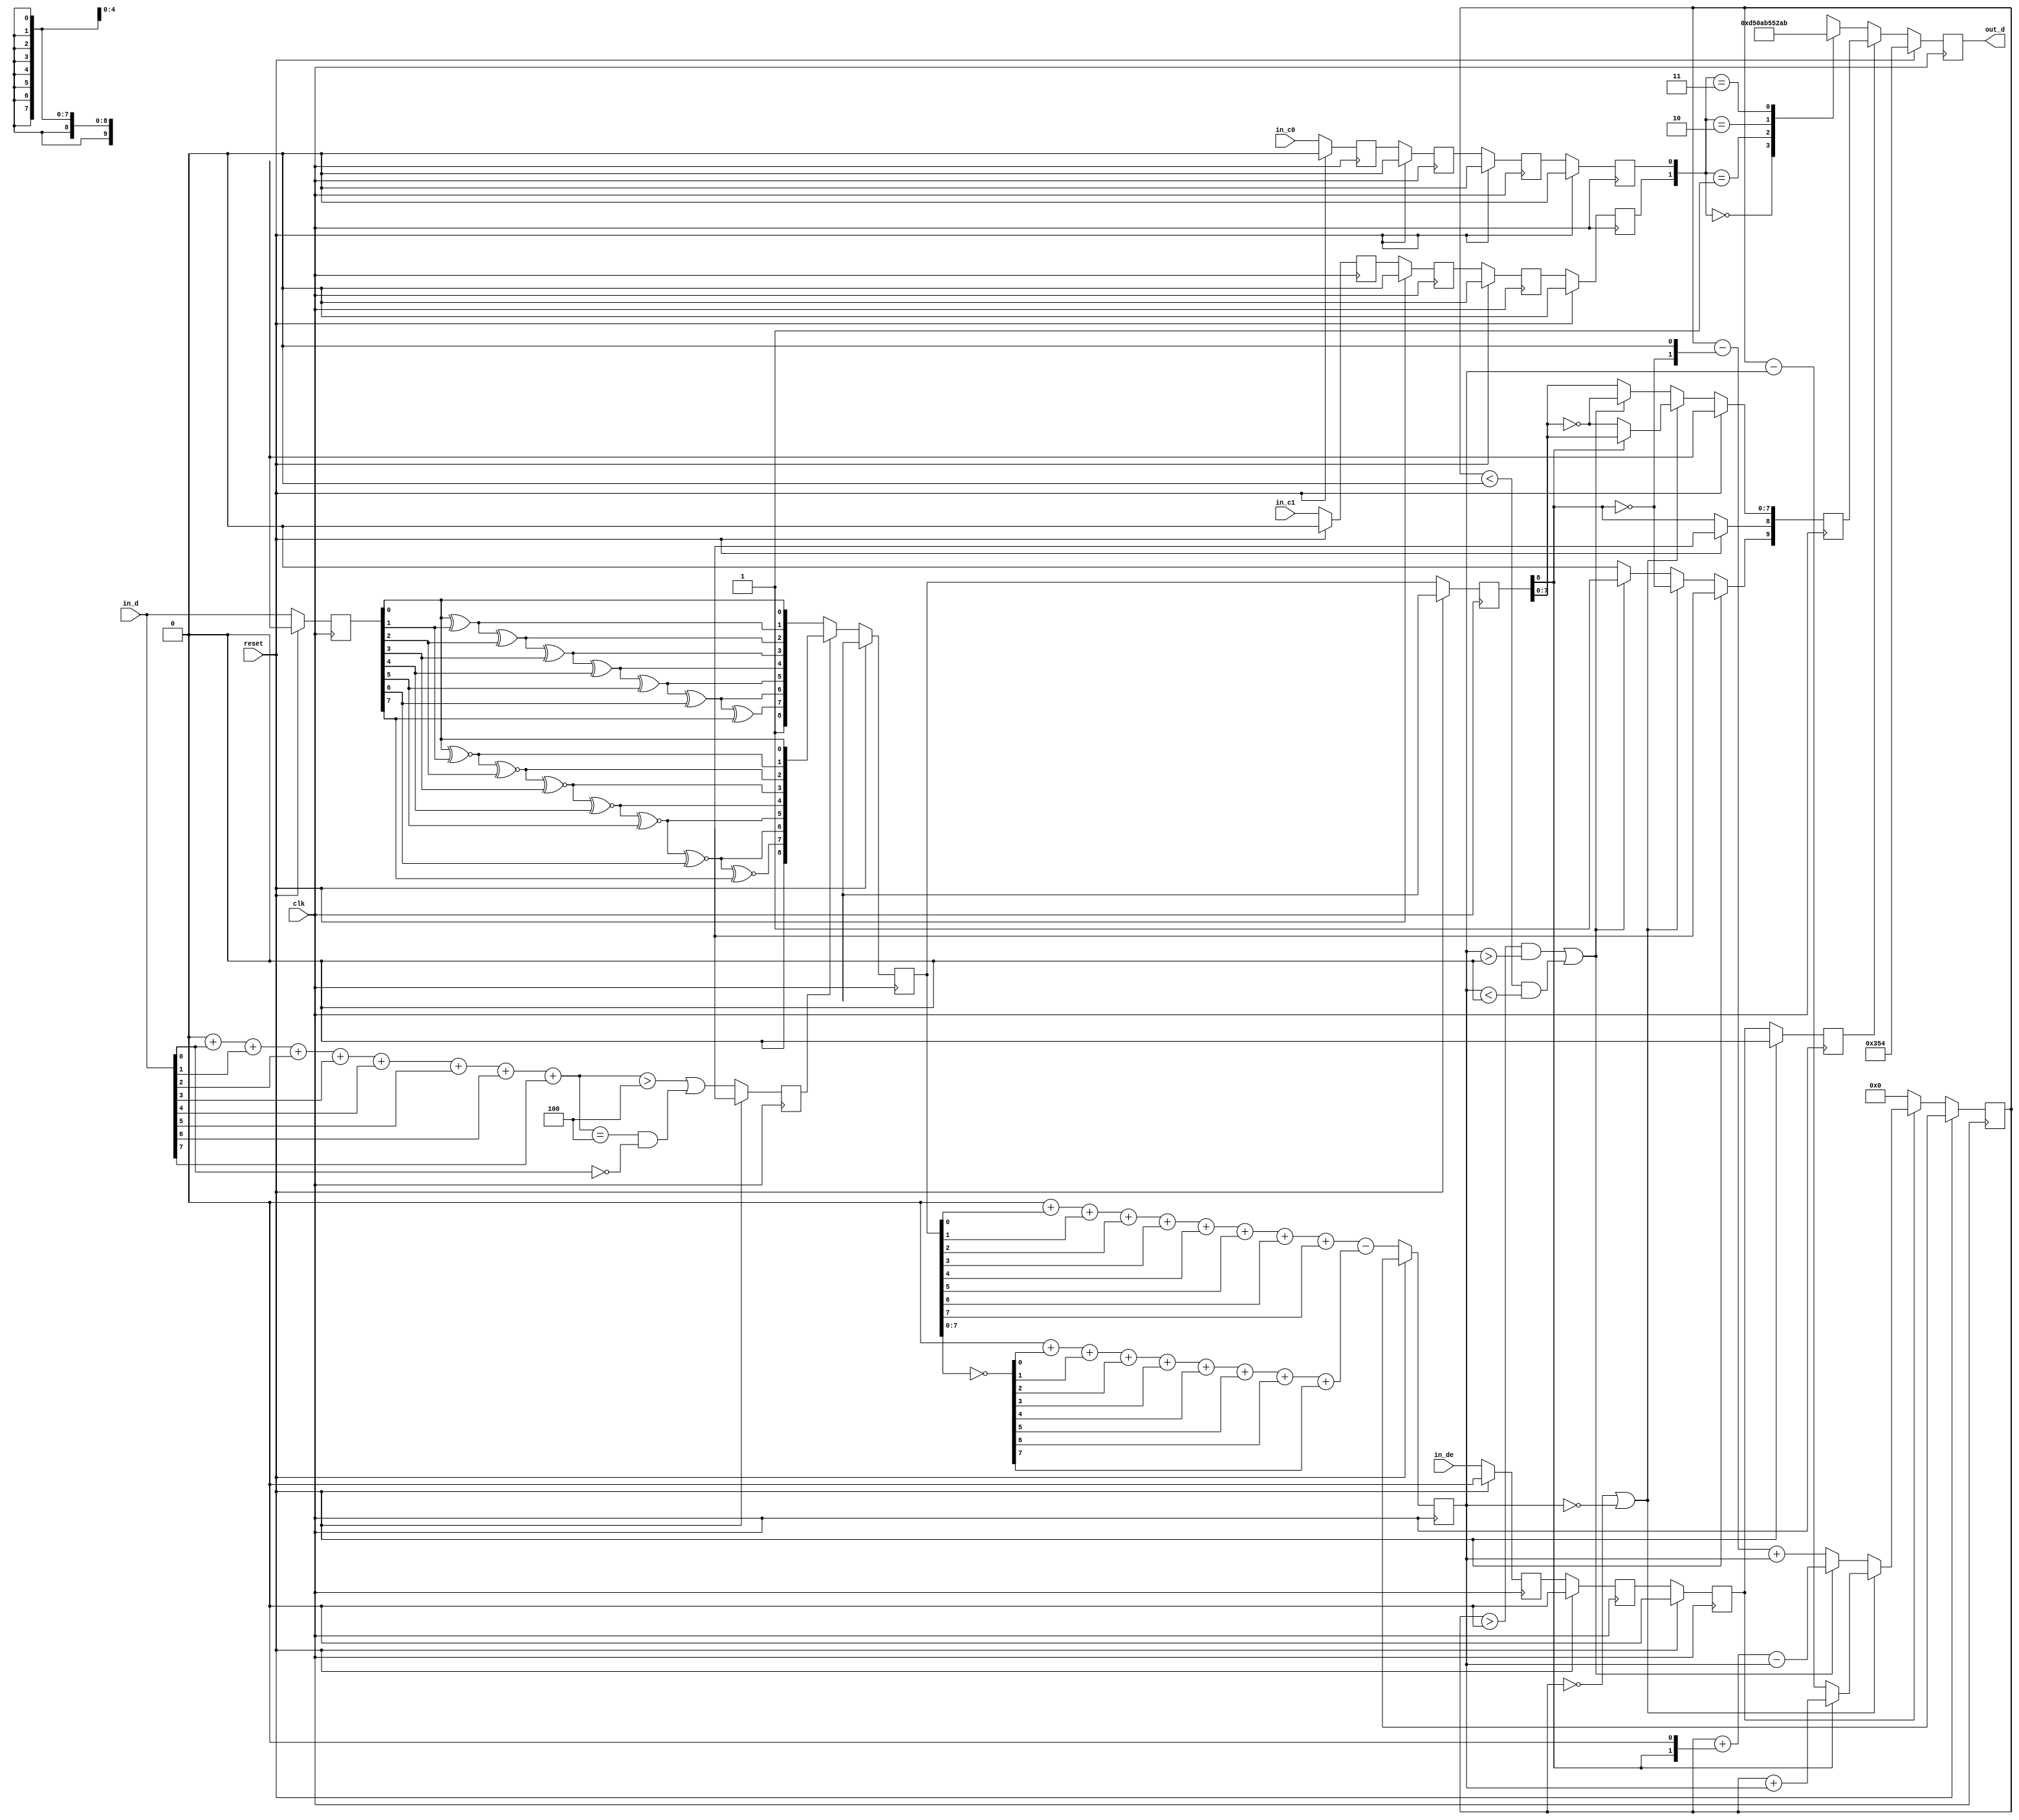
// This program was cloned from: https://github.com/ryuz/jelly
// License: MIT License

// ---------------------------------------------------------------------------
//  Jelly  -- The platform for real-time computing
//
//                                 Copyright (C) 2008-2015 by Ryuz
//                                 https://github.com/ryuz/jelly.git
// ---------------------------------------------------------------------------



`timescale 1ns / 1ps
`default_nettype none



module jelly_dvi_tx_encode
        (
            input   wire            reset,
            input   wire            clk,
            
            input   wire            in_de,
            input   wire    [7:0]   in_d,
            input   wire            in_c0,
            input   wire            in_c1,
            
            output  wire    [9:0]   out_d
        );
    
    // This operator returns the number of "1"s in argument "x"
    function    [4:0]   N1
        (
            input   [7:0]   x
        );
        integer     i;
        begin
            N1 = 0;
            for ( i = 0; i < 8; i = i + 1 ) begin
                N1 = N1 + {2'd0, x[i]};
            end
        end
    endfunction
    
    // This operator returns the number of "0"s in argument "x"
    function    [4:0]   N0
        (
            input   [7:0]   x
        );
        begin
            N0 = N1(~x);
        end
    endfunction
    
    
    // encode xor
    function    [8:0]   encode_xor
        (
            input   [7:0]   d
        );
        begin
            encode_xor[0] = d[0];
            encode_xor[1] = encode_xor[0] ^ d[1];
            encode_xor[2] = encode_xor[1] ^ d[2];
            encode_xor[3] = encode_xor[2] ^ d[3];
            encode_xor[4] = encode_xor[3] ^ d[4];
            encode_xor[5] = encode_xor[4] ^ d[5];
            encode_xor[6] = encode_xor[5] ^ d[6];
            encode_xor[7] = encode_xor[6] ^ d[7];
            encode_xor[8] = 1'b1;
        end
    endfunction
    
    // encode xnor
    function    [8:0]   encode_xnor
        (
            input   [7:0]   d
        );
        begin
            encode_xnor[0] = d[0];
            encode_xnor[1] = encode_xnor[0] ~^ d[1];
            encode_xnor[2] = encode_xnor[1] ~^ d[2];
            encode_xnor[3] = encode_xnor[2] ~^ d[3];
            encode_xnor[4] = encode_xnor[3] ~^ d[4];
            encode_xnor[5] = encode_xnor[4] ~^ d[5];
            encode_xnor[6] = encode_xnor[5] ~^ d[6];
            encode_xnor[7] = encode_xnor[6] ~^ d[7];
            encode_xnor[8] = 1'b0;
        end
    endfunction
    
    
    // stage 0
    wire                    st0_de = in_de;
    wire                    st0_c0 = in_c0;
    wire                    st0_c1 = in_c1;
    wire            [7:0]   st0_d  = in_d;
    
    // stage 1
    reg                     st1_de;
    reg                     st1_c0;
    reg                     st1_c1;
    reg             [7:0]   st1_d;
    reg                     st1_n_d;
    
    // stage 2
    reg                     st2_de;
    reg                     st2_c0;
    reg                     st2_c1;
    reg             [8:0]   st2_q_m;
    
    // stage 3
    reg                     st3_de;
    reg                     st3_c0;
    reg                     st3_c1;
    reg             [8:0]   st3_q_m;
    reg     signed  [4:0]   st3_n;
    
    // stage 3
    reg                     st4_de;
    reg                     st4_c0;
    reg                     st4_c1;
    reg             [9:0]   st4_q_out;
    reg     signed  [4:0]   st4_cnt;
    
    // stage 5
    reg             [9:0]   st5_d;
    
    
    always @(posedge clk) begin
        if ( reset ) begin
            st1_de    <= 1'b0;
            st1_c0    <= 1'b0;
            st1_c1    <= 1'b0;
            st1_d     <= {8{1'bx}};
            st1_n_d   <= 1'bx;
            
            st2_de    <= 1'b0;
            st2_c0    <= 1'b0;
            st2_c1    <= 1'b0;
            st2_q_m   <= {9{1'bx}};
            
            st3_de    <= 1'b0;
            st3_c0    <= 1'b0;
            st3_c1    <= 1'b0;
            st3_q_m   <= {9{1'bx}};
            st3_n     <= {5{1'bx}};
            
            st4_de    <= 1'b0;
            st4_c0    <= 1'b0;
            st4_c1    <= 1'b0;
            st4_q_out <= {10{1'bx}};
            st4_cnt   <= {5{1'bx}};
            
            st5_d     <= 10'b1101010100;
        end
        else begin
            // stage 1 (bit count)
            st1_de  <= st0_de;
            st1_c0  <= st0_c0;
            st1_c1  <= st0_c1;
            st1_d   <= st0_d;
            st1_n_d <= ((N1(st0_d) > 4) || (N1(st0_d) == 4 && st0_d[0] == 0));
            
            // stage2 (encode)
            st2_de  <= st1_de;
            st2_c0  <= st1_c0;
            st2_c1  <= st1_c1;
            st2_q_m <= st1_n_d ? encode_xnor(st1_d) : encode_xor(st1_d);
            
            // stage 3 (bit count)
            st3_de  <= st2_de;
            st3_c0  <= st2_c0;
            st3_c1  <= st2_c1;
            st3_q_m <= st2_q_m;
            st3_n   <= N1(st2_q_m[7:0]) - N0(st2_q_m[7:0]);
            
            // stage 4 (DC balance)
            st4_de  <= st3_de;
            st4_c0  <= st3_c0;
            st4_c1  <= st3_c1;
            if ( (st4_cnt == 0) || (st3_n == 0) ) begin
                st4_q_out[9]   <= ~st3_q_m[8];
                st4_q_out[8]   <= st3_q_m[8];
                st4_q_out[7:0] <= st3_q_m[8] ? st3_q_m[7:0] : ~st3_q_m[7:0];
                st4_cnt  <= st3_q_m[8] ? (st4_cnt + st3_n) : (st4_cnt - st3_n);
            end
            else begin
                if ( ((st4_cnt) > 0 && (st3_n > 0)) || ((st4_cnt < 0) && (st3_n < 0)) ) begin
                    st4_q_out[9]   <= 1'b1;
                    st4_q_out[8]   <= st3_q_m[8];
                    st4_q_out[7:0] <= ~st3_q_m[7:0];
                    st4_cnt <= st4_cnt + {st3_q_m[8], 1'b0} - st3_n;
                end
                else begin
                    st4_q_out[9]   <= 1'b0;
                    st4_q_out[8]   <= st3_q_m[8];
                    st4_q_out[7:0] <= st3_q_m[7:0];
                    st4_cnt <= st4_cnt - {~st3_q_m[8], 1'b0} + st3_n;
                end
            end
            if ( !st3_de ) begin
                st4_cnt <= 0;
            end
            
            // stage 5 (output)
            if ( st4_de ) begin
                st5_d <= st4_q_out;
            end
            else begin
                case ( {st4_c1, st4_c0} )
                2'b00:      st5_d <= 10'b1101010100;
                2'b01:      st5_d <= 10'b0010101011;
                2'b10:      st5_d <= 10'b0101010100;
                2'b11:      st5_d <= 10'b1010101011;
                default:    st5_d <= {10{1'bx}};
                endcase
            end
        end
    end
    
    assign out_d = st5_d;
    
endmodule


`default_nettype wire


// end of file